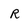
Character: R